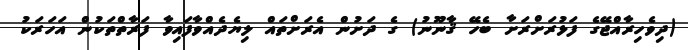
(ދިވެހިރާއްޖޭގެ ފަޅުރަށްރަށާ ބެހޭ ޤާނޫނު) ގެ ދަށުން އެރަށްތައް ލިޔެދެއްވާފައިވާ ފަރާތްތަކުން އަހަރަކު